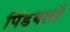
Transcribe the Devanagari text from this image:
पिंडबलों